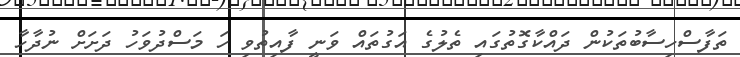
ތަފާސްހިސާބުތަކުން ދައްކާގޮތުގައި ތެލުގެ އަގުތައް ވަނީ ފާއިތުވި ހަ މަސްދުވަހު ދަށަށް ނުދާހާ